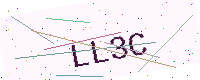
Text: LL3C